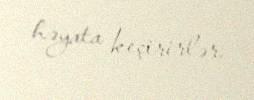
həyata keçirirlər.